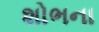
શોભના